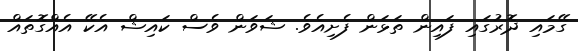
ގޭމައި ދޮރުގައި ފައިން ތަޅަން ފެށިއެވެ. ޝަވަން ވެސް ކައިޝް އެކޭ އެއްގޮތައް